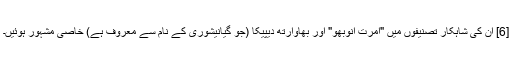
[6] ان کی شاہکار تصنیفوں میں "امرت انوبھو" اور بھاوارتھ دیپیکا (جو گیانیشوری کے نام سے معروف ہے) خاصی مشہور ہوئیں۔